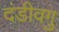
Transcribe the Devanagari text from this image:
दंडीवगु